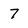
Character: 7